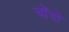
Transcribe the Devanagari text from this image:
चोंचो